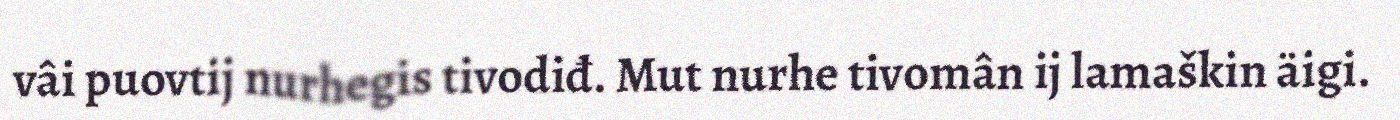
vâi puovtij nurhegis tivodiđ. Mut nurhe tivomân ij lamaškin äigi.